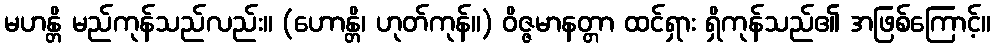
မဟန္တိ မည်ကုန်သည်လည်း။ (ဟောန္တိ၊ ဟုတ်ကုန်။) ဝိဇ္ဇမာနတ္တာ ထင်ရှား ရှိကုန်သည်၏ အဖြစ်ကြောင့်။